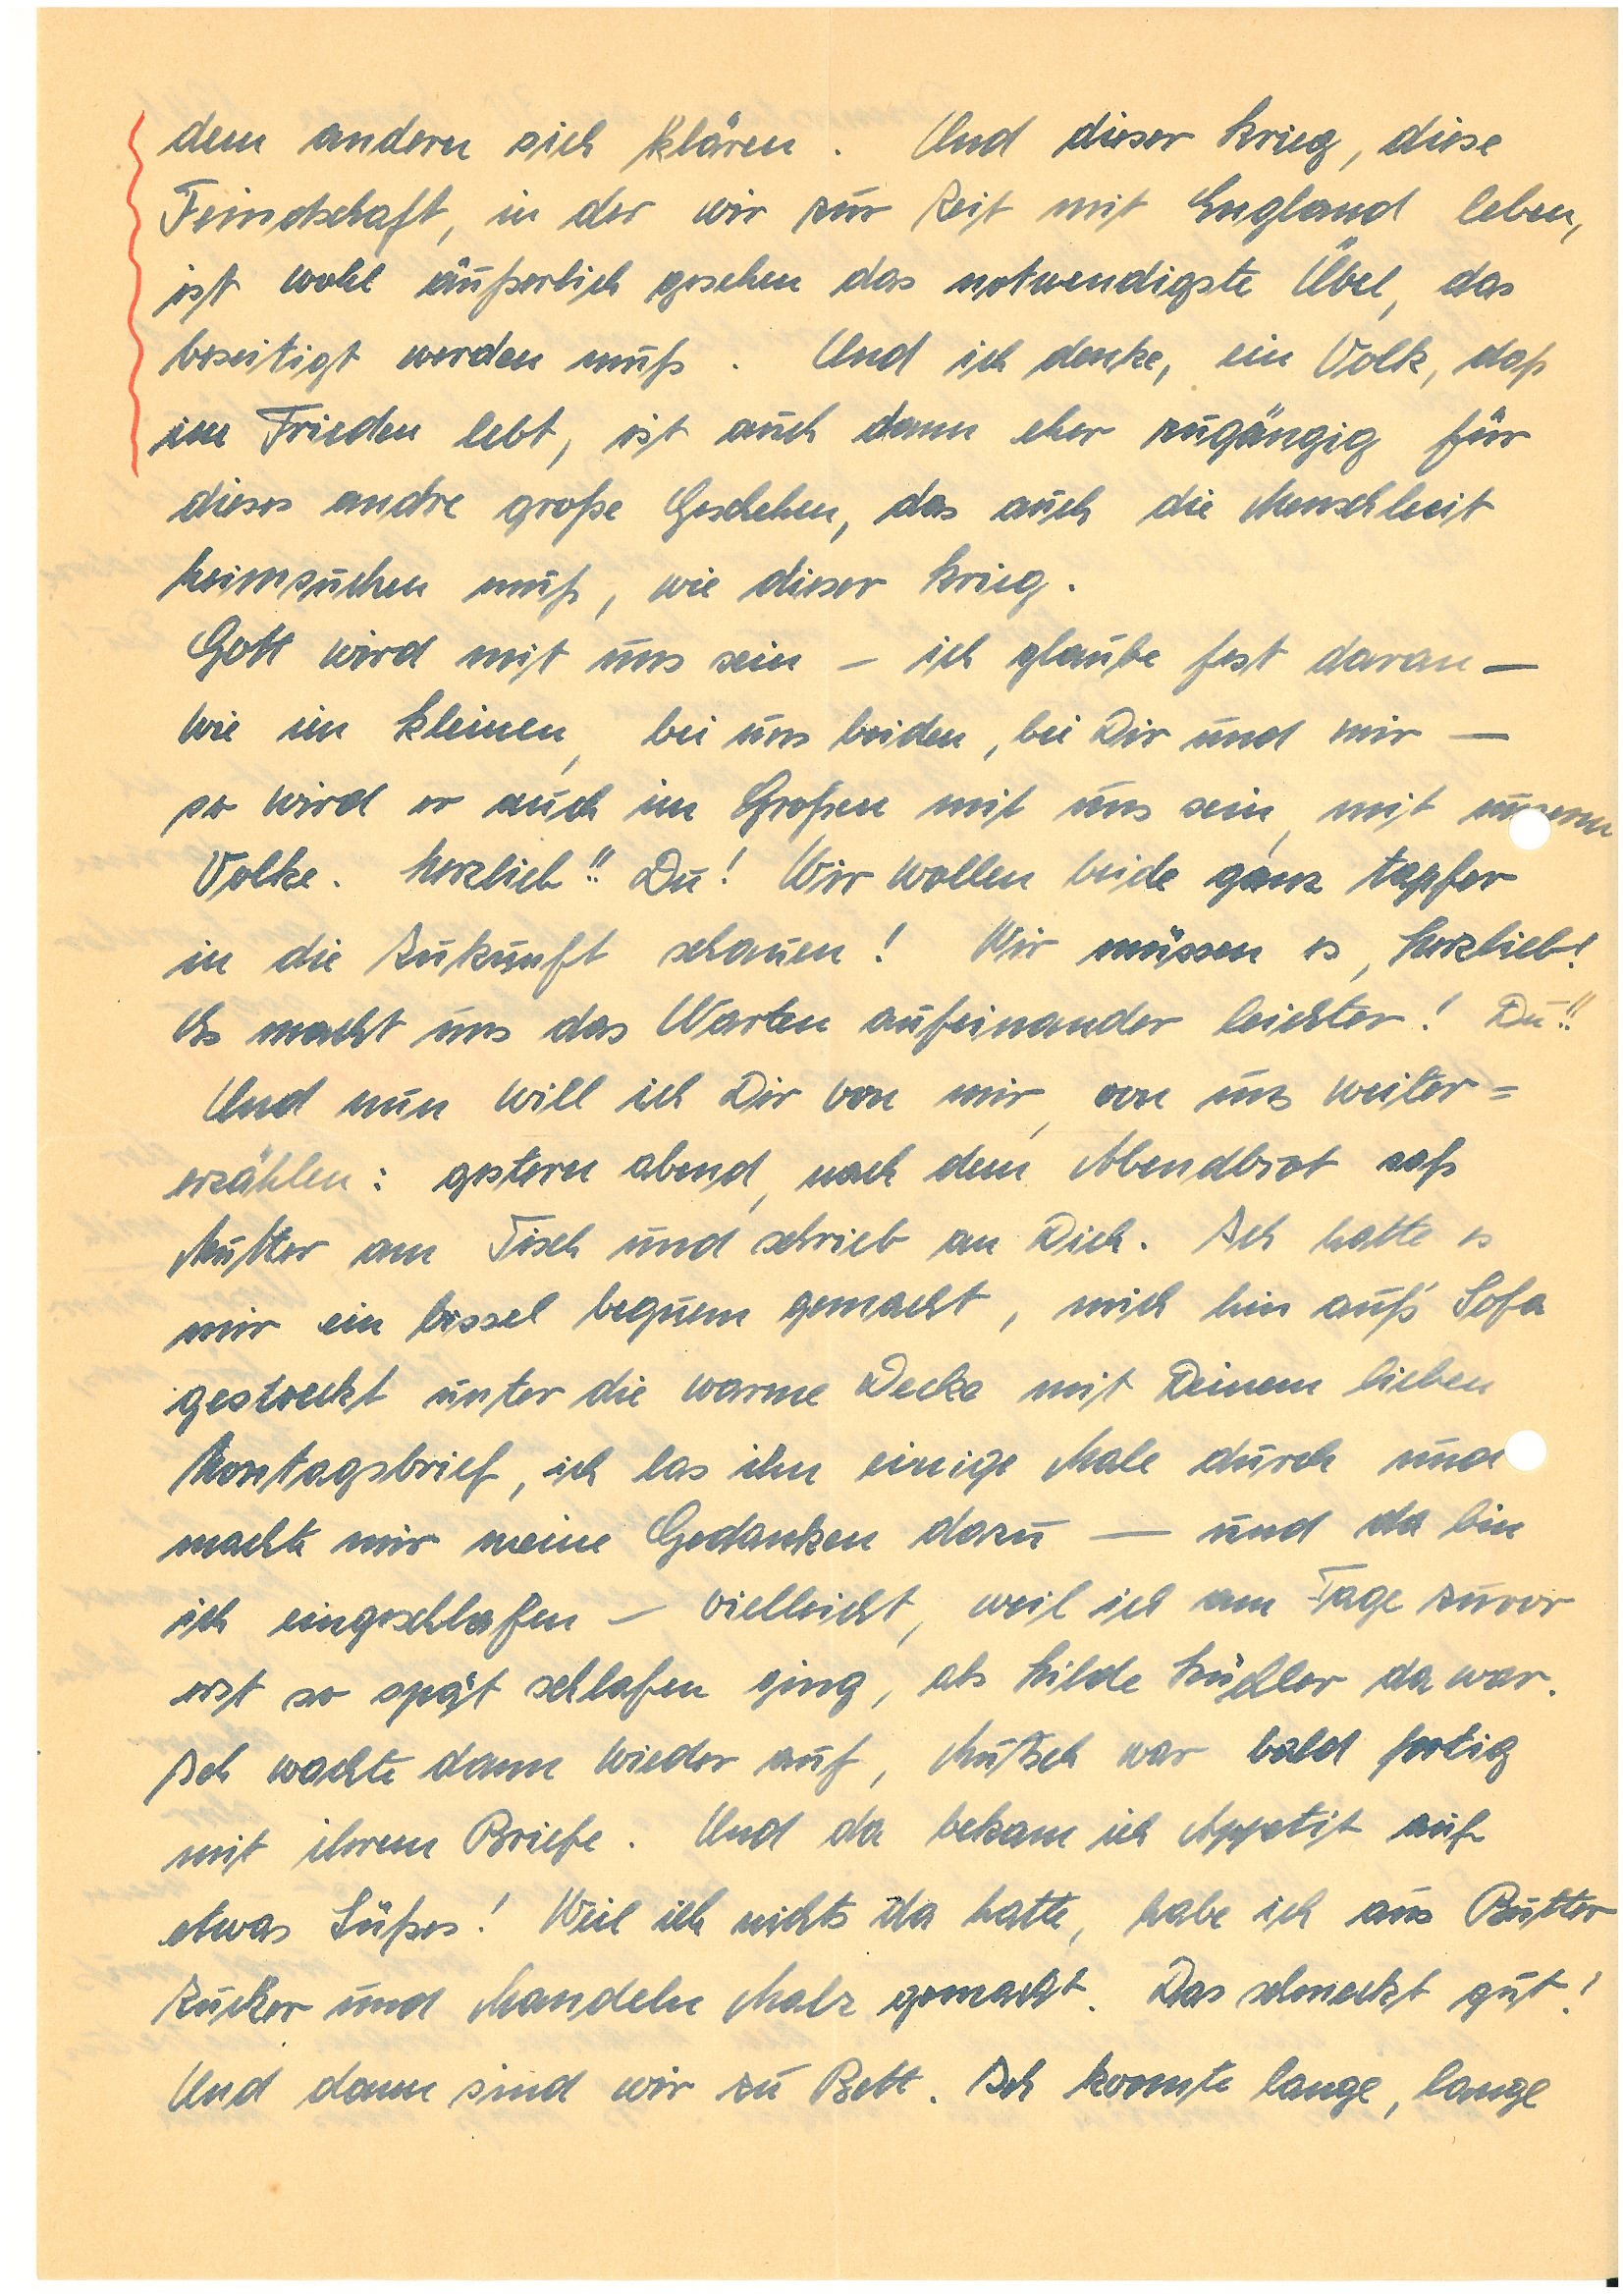
dem anderen sich klären. Und dieser Krieg, diese
Feindschaft, in der wir zur Zeit mit England leben,
ist wohl äußerlich gesehen das notwendigste Übel, das
beseitigt werden muß. Und ich denke, ein Volk, daß
in Frieden lebt, ist auch dann eher zugängig für
dieses andre große Geschehen, das auch die Menschheit
heimsuchen muß, wie dieser Krieg.
Gott wird mit uns sein – ich glaube fest daran –
wie im Kleinen, bei uns beiden, bei Dir und mir –
so wird er auch im Großen mit uns sein, mit unserm
Volke. Herzlieb!! Du! Wir wollen beide ganz tapfer
in die Zukunft schauen! Wir müssen es, Herzlieb!
Es macht uns das Warten aufeinander leichter! Du!!
Und nun will ich Dir von mir, von uns weiter¬
erzählen: gestern abend, nach dem Abendbrot saß
Mutter am Tisch und schrieb an Dich. Ich hatte es
mir ein bissel bequem gemacht, mich hin aufs’ Sofa
gestreckt unter die warme Decke mit Deinem lieben
Montagsbrief, ich las ihn einige Male durch und
machte mir meine Gedanken dazu – und da bin
ich eingeschlafen – vielleicht, weil ich am Tage zuvor
erst so spät schlafen ging, als Hilde K. da war.
Ich wachte dann wieder auf, Mutter war bald fertig
mit ihrem Briefe. Und da bekam ich Appetit auf
etwas Süßes! Weil ich nichts da hatte, habe ich aus Butter,
Zucker und Mandeln Malz gemacht. Das schmeckt gut!
Und dann sind wir zu Bett. Ich konnte lange, lange